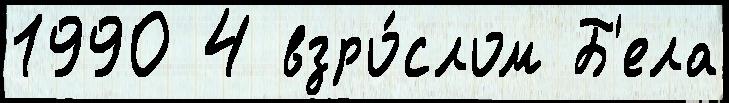
1990 4 взро́слом Б'ела